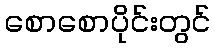
စောစောပိုင်းတွင်